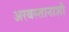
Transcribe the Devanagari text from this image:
अरबस्तानाशी